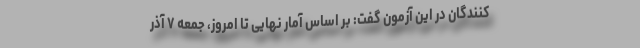
کنندگان در این آزمون گفت: بر اساس آمار نهایی تا امروز، جمعه ۷ آذر